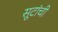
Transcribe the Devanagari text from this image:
सूटांची